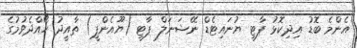
އެންމެ ބޮޑު އިދިކޮޅު ޕާޓީ ޔުނައިޓެޑް ނޭޝަނަލް ޕާޓީ (ޔޫއެންޕީ) ތާއީދު ހޯއްދެވުމުގެ